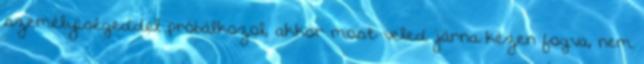
személyiségeddel próbálkozol, akkor most veled járna kézen fogva, nem